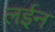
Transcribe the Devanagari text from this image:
लईन